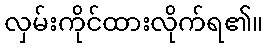
လှမ်းကိုင်ထားလိုက်ရ၏။